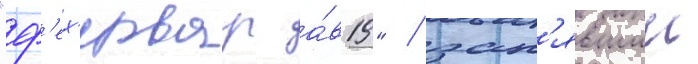
"ф'ех'ервар а́в19" / зан'явшии